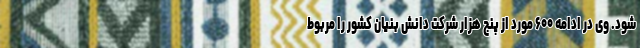
شود. وی در ادامه ۶۰۰ مورد از پنج هزار شرکت دانش بنیان کشور را مربوط